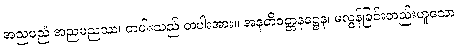
အညမညံ အညမညဿ၊ တပါးသည် တပါးအား။ အနတိဝတ္တနဋ္ဌေန၊ မလွန်ခြင်းတည်းဟူသော